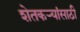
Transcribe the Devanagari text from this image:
शेतकर्‍यांसाठी